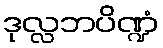
ဒုလ္လဘပိဏ္ဍံ